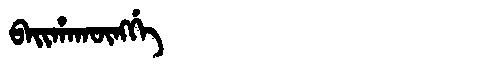
Manchu: ᠪᠠᡳᡥᠠᡴᡡᠩᡤᡝ
Romanization: BAIHAKŪNGGE